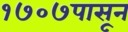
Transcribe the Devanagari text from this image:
१७०७पासून